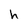
Character: h